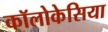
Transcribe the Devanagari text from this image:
कॉलोकेसिया